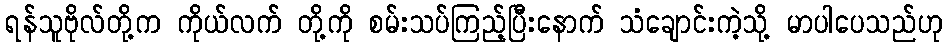
ရန်သူဗိုလ်တို့က ကိုယ်လက် တို့ကို စမ်းသပ်ကြည့်ပြီးနောက် သံချောင်းကဲ့သို့ မာပါပေသည်ဟု